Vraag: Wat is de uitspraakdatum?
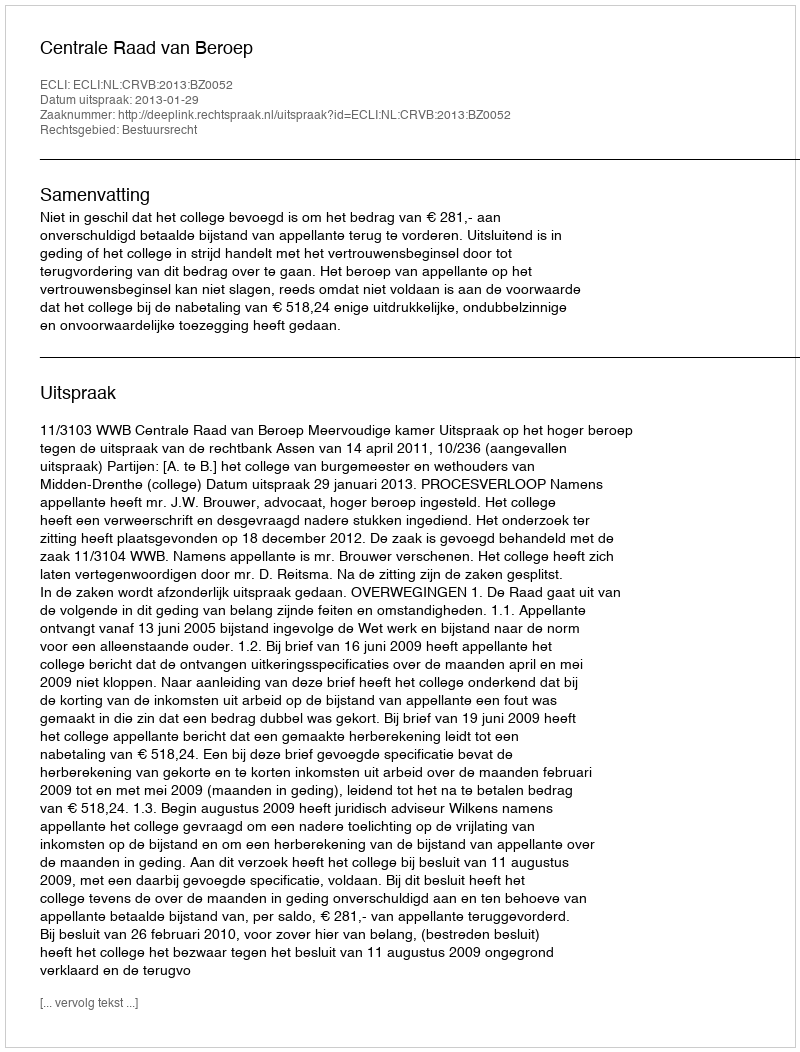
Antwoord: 2013-01-29